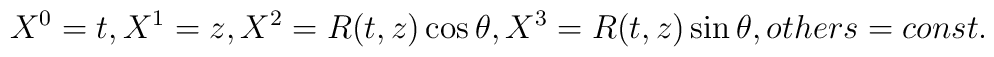
X^0=t, X^1=z, X^2=R(t,z)\cos\theta, X^3=R(t,z)\sin\theta, others = const.